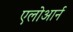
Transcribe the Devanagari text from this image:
एलोआर्न